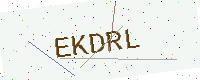
Text: EKDRL